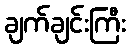
ချက်ချင်းကြီး